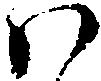
ハ